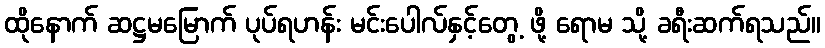
ထိုနောက် ဆဋ္ဌမမြောက် ပုပ်ရဟန်း မင်းပေါလ်နှင့်တွေ့ ဖို့ ရောမ သို့ ခရီးဆက်ရသည်။